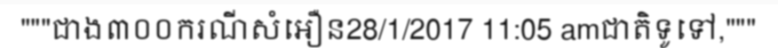
"""ជាង៣០០ករណីសំអឿន28/1/2017 11:05 amជាតិទូទៅ,"""